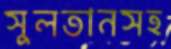
সুলতানসহ